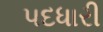
પદધારી